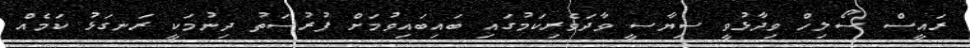
ރައީސް ސޯލިހް ވިދާޅުވީ ސިޔާސީ ވާދަވެރިކަމުގައި ބައިބައިވުމަށް ފުރުސަތު ދިނުމަކީ ރަނގަޅު ކަމެއް